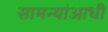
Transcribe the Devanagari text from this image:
सामन्यांआधी